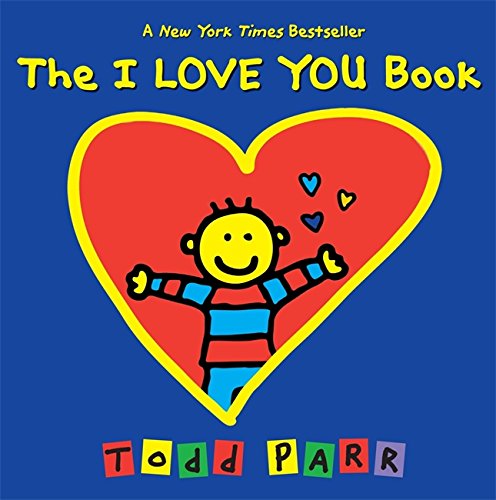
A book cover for The I LOVE YOU Book; Todd Parr; Children's Books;